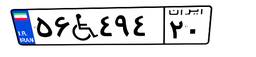
۵۶W۴۹۴۲۰